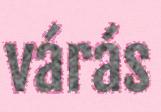
várás